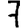
Digit: 7